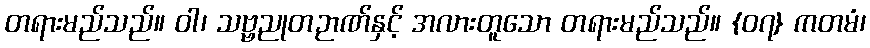
တရားမည်သည်။ ဝါ၊ သဗ္ဗညုတဉာဏ်နှင့် အလားတူသော တရားမည်သည်။ {၀၇} ကတမံ၊